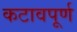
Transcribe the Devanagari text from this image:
कटावपूर्ण